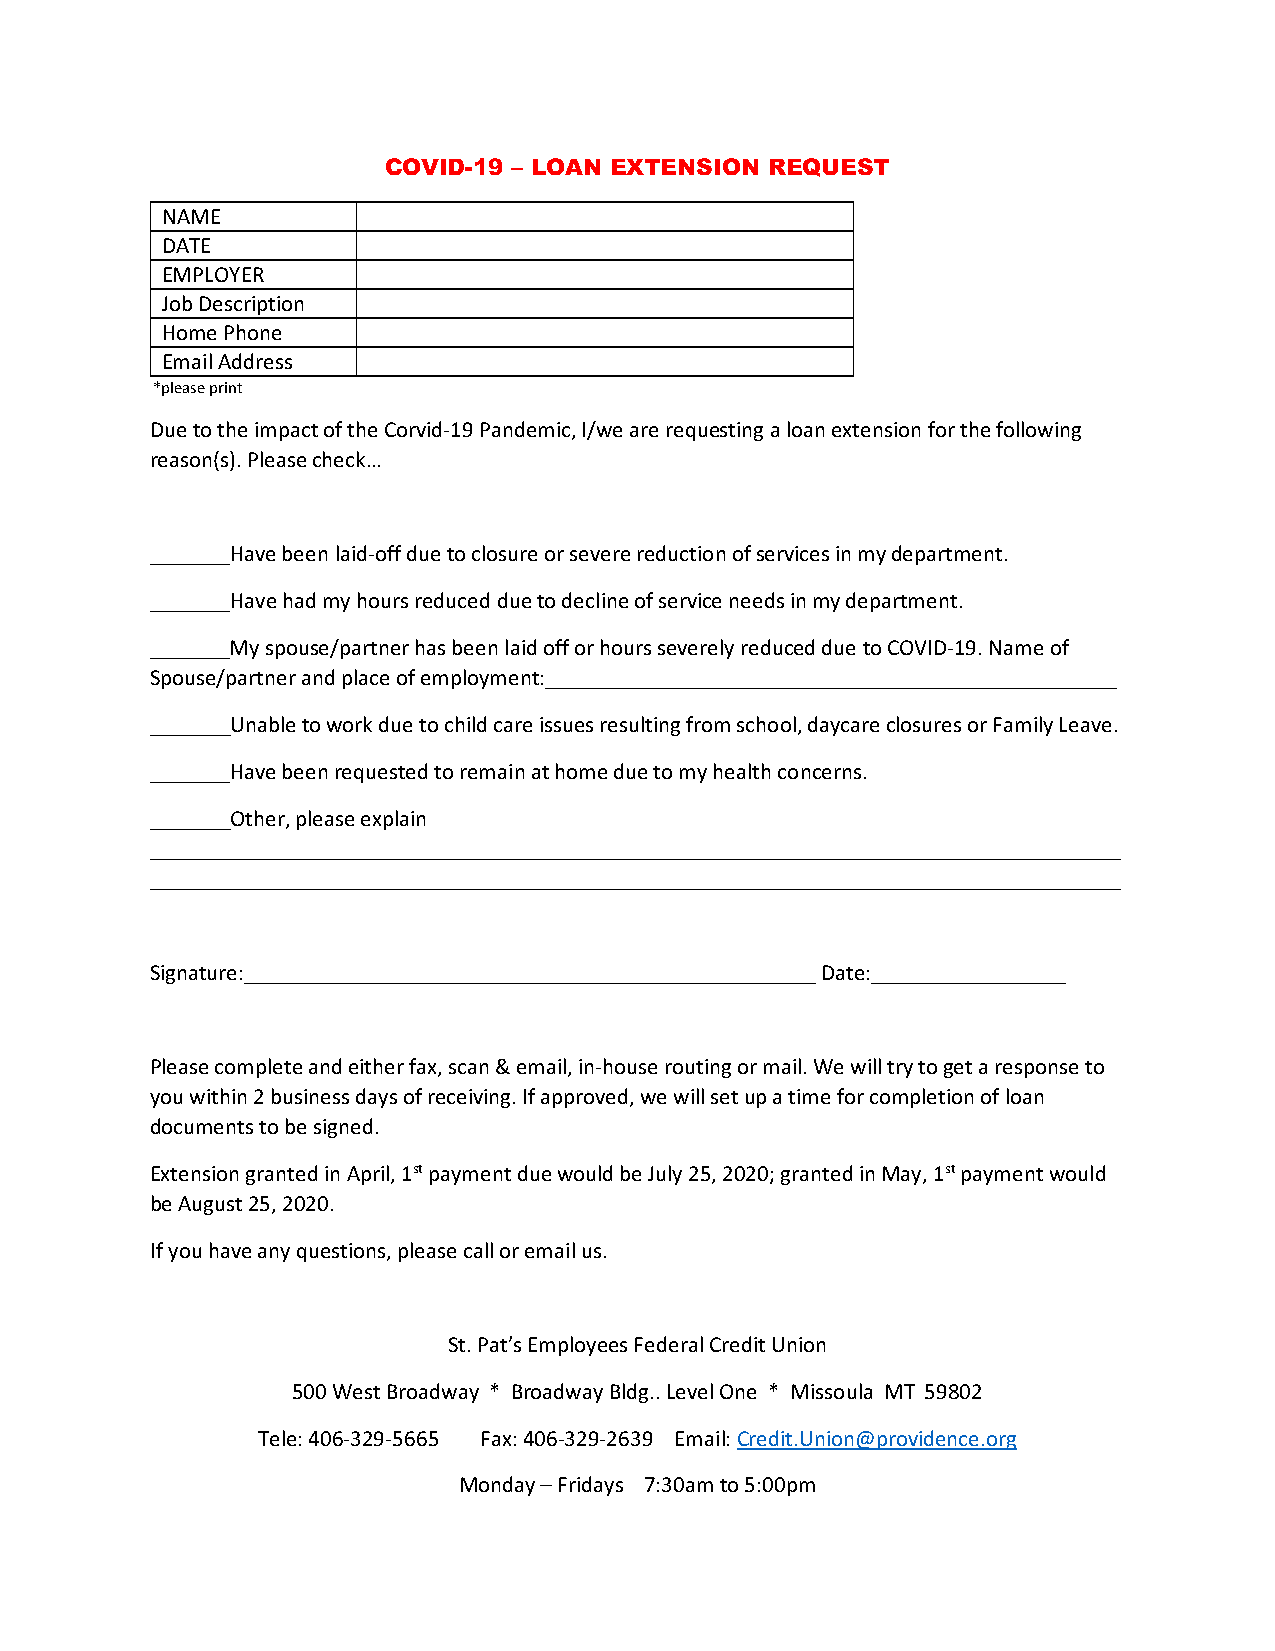
COVID-19 – LOAN EXTENSION REQUEST
 NAME
 DATE
 EMPLOYER
 Job Description
 Home Phone
 Email Address
 *please print
 Due to the impact of the Corvid-19 Pandemic, I/we are requesting a loan extension for the following
 reason(s). Please check…
 _______Have been laid-off due to closure or severe reduction of services in my department.
 _______Have had my hours reduced due to decline of service needs in my department.
 _______My spouse/partner has been laid off or hours severely reduced due to COVID-19. Name of
 Spouse/partner and place of employment:__________________________________________________
 _______Unable to work due to child care issues resulting from school, daycare closures or Family Leave.
 _______Have been requested to remain at home due to my health concerns.
 _______Other, please explain
 _____________________________________________________________________________________
 _____________________________________________________________________________________
 Signature:__________________________________________________ Date:_________________
 Please complete and either fax, scan & email, in-house routing or mail. We will try to get a response to
 you within 2 business days of receiving. If approved, we will set up a time for completion of loan
 documents to be signed.
 Extension granted in April, 1st payment due would be July 25, 2020; granted in May, 1st payment would
 be August 25, 2020.
 If you have any questions, please call or email us.
 St. Pat’s Employees Federal Credit Union
 500 West Broadway * Broadway Bldg.. Level One * Missoula MT 59802
 Tele: 406-329-5665 Fax: 406-329-2639 Email: Credit.Union@providence.org
 Monday – Fridays 7:30am to 5:00pm